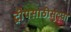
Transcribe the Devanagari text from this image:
ट्रीपसाठीसुद्धा